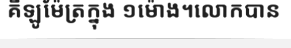
គីឡូម៉ែត្រក្នុង ១ម៉ោង។លោកបាន